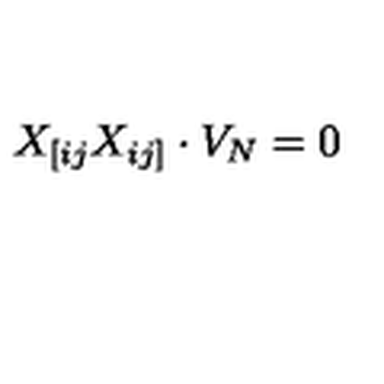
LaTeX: X _ { [ i j } X _ { i j ] } \cdot V _ { N } = 0